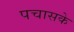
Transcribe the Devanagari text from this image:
पचासके